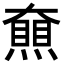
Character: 𡚔